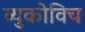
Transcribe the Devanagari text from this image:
व्युकोविच